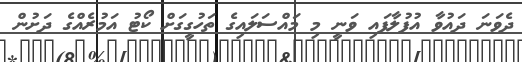
ދެވަނަ ދައުވާ އުފުލާފައި ވަނީ މި މައްސަލައިގެ ތަހުގީގަށް ކޯޓު އަމުރެއްގެ ދަށުން